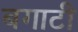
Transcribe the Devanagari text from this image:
बगाटी